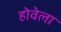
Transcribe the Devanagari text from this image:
होवेला